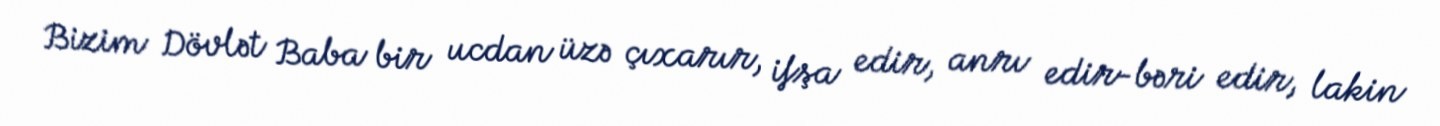
Bizim Dövlət Baba bir ucdan üzə çıxarır, ifşa edir, anrı edir-bəri edir, lakin